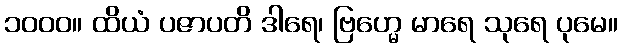
၁၀၀၀။ ထိယံ ပဇာပတိ ဒါရေ၊ ဗြဟ္မေ မာရေ သုရေ ပုမေ။